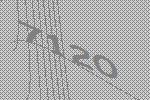
7120